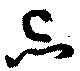
忌